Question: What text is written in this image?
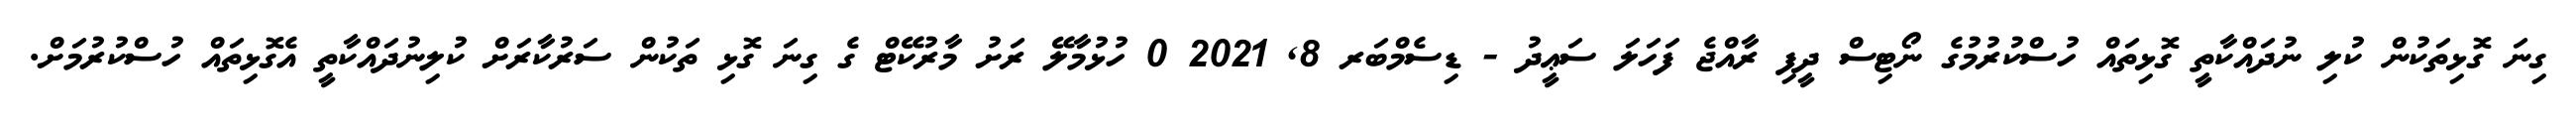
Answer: ގިނަ ގޮޅިތަކުން ކުލި ނުދައްކާތީ ގޮޅިތައް ހުސްކުރުމުގެ ނޯޓިސް ދީފި ރާއްޖެ ފަހަލަ ސަޢީދު - ޑިސެމްބަރ 8, 2021 0 ހުޅުމާލޭ ރަށު މާރުކޭޓް ގެ ގިނަ ގޮޅި ތަކުން ސަރުކާރަށް ކުލިނުދައްކާތީ އެގޮޅިތައް ހުސްކުރުމަށް.